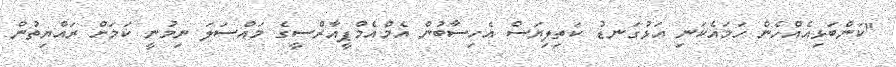
"ކަންބަޅިއެއްހެން ހަމައެކަނި އަޅުގަނޑު ކަތިލިޔަސް އެހިސާބުން އެމްއެމްޕީއާރްސީގެ މައްސަލަ ނިމުނީ ކަމަށް ރައްޔިތުން